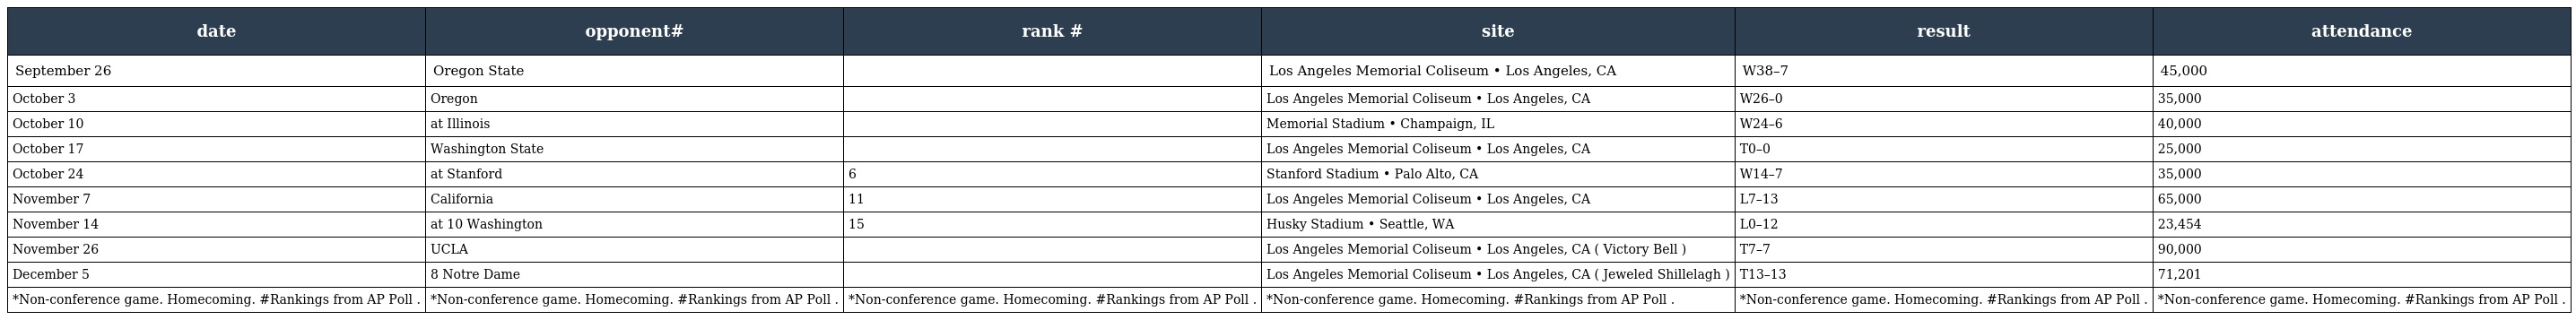
| date | opponent# | rank # | site | result | attendance |
 | --- | --- | --- | --- | --- | --- |
 | September 26 | Oregon State |  | Los Angeles Memorial Coliseum • Los Angeles, CA | W38–7 | 45,000 |
 | October 3 | Oregon |  | Los Angeles Memorial Coliseum • Los Angeles, CA | W26–0 | 35,000 |
 | October 10 | at Illinois |  | Memorial Stadium • Champaign, IL | W24–6 | 40,000 |
 | October 17 | Washington State |  | Los Angeles Memorial Coliseum • Los Angeles, CA | T0–0 | 25,000 |
 | October 24 | at Stanford | 6 | Stanford Stadium • Palo Alto, CA | W14–7 | 35,000 |
 | November 7 | California | 11 | Los Angeles Memorial Coliseum • Los Angeles, CA | L7–13 | 65,000 |
 | November 14 | at 10 Washington | 15 | Husky Stadium • Seattle, WA | L0–12 | 23,454 |
 | November 26 | UCLA |  | Los Angeles Memorial Coliseum • Los Angeles, CA ( Victory Bell ) | T7–7 | 90,000 |
 | December 5 | 8 Notre Dame |  | Los Angeles Memorial Coliseum • Los Angeles, CA ( Jeweled Shillelagh ) | T13–13 | 71,201 |
 | *Non-conference game. Homecoming. #Rankings from AP Poll . | *Non-conference game. Homecoming. #Rankings from AP Poll . | *Non-conference game. Homecoming. #Rankings from AP Poll . | *Non-conference game. Homecoming. #Rankings from AP Poll . | *Non-conference game. Homecoming. #Rankings from AP Poll . | *Non-conference game. Homecoming. #Rankings from AP Poll . |